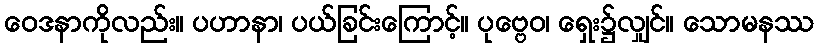
ဝေဒနာကိုလည်း။ ပဟာနာ၊ ပယ်ခြင်းကြောင့်။ ပုဗ္ဗေဝ၊ ရှေး၌လျှင်။ သောမနဿ